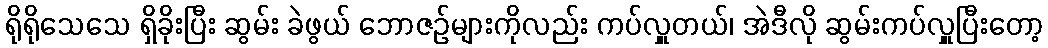
ရိုရိုသေသေ ရှိခိုးပြီး ဆွမ်း ခဲဖွယ် ဘောဇဉ်များကိုလည်း ကပ်လှူတယ်၊ အဲဒီလို ဆွမ်းကပ်လှူပြီးတော့